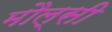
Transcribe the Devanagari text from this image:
मौल्सी